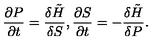
\frac { \partial P } { \partial t } = \frac { \delta \tilde { H } } { \delta S } , \frac { \partial S } { \partial t } = - \frac { \delta \tilde { H } } { \delta P } .